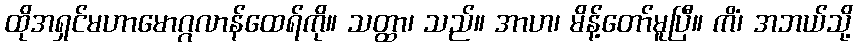
ထိုအရှင်မဟာမောဂ္ဂလာန်ထေရ်ကို။ သတ္ထာ၊ သည်။ အာဟ၊ မိန့်တော်မူပြီ။ ကိံ၊ အဘယ်သို့